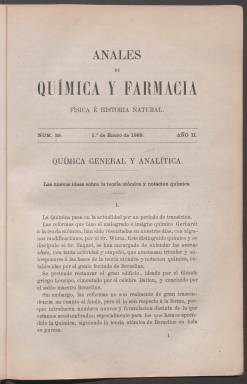
Título: Anales de química y farmacia, física e historia natural
Otros títulos: Anales de química y farmacia || Título de la portada de tomo: Anales de química y farmacia, física e historia natural en sus aplicaciones a la industria, la agricultura y la terapéutica
Colección: Ciencias
Ámbito geográfico: Madrid
Lugar de publicación: Madrid
Fechas: 01/01/1868-30/11/1869